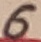
Text: 6